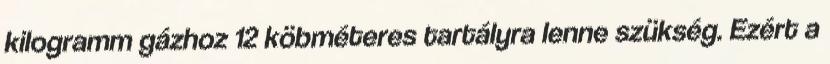
kilogramm gázhoz 12 köbméteres tartályra lenne szükség. Ezért a